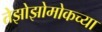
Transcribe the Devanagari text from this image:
तेझोझोमोकच्या